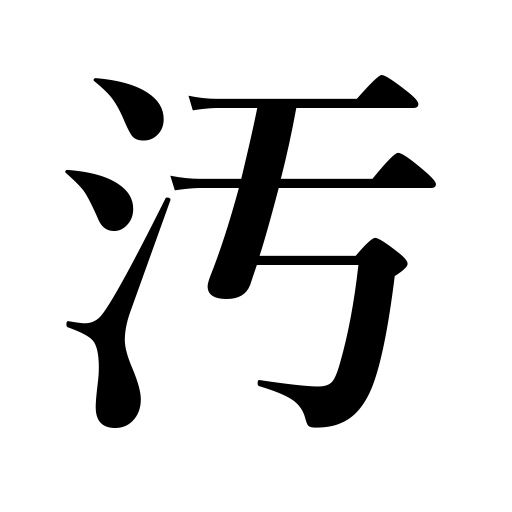
Meanings: indecent,base,debauch,dishonor,unfair,disgrace,be stained,tarnish,obscene,filthy,make dirty,shabby,defile,soil,be contaminated,sordid,stingy,stain,get dirty,foul,rape,be defiled,dirty,pollute,soiled,contaminate,unclean